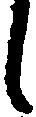
し